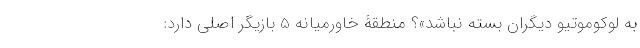
به لوکوموتیو دیگران بسته نباشد»؟ منطقۀ خاورمیانه 5 بازیگر اصلی دارد: